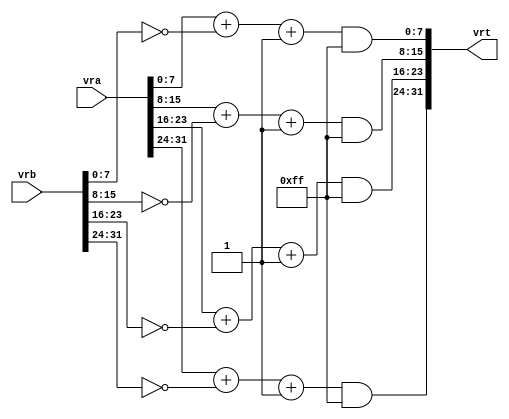
module vsububm( vra, vrb, vrt );

input  [31 : 0] vra;
input  [31 : 0] vrb;
output [31 : 0] vrt;

wire   [31 : 0] vrt;
wire   [ 7 : 0] op0;
wire   [ 7 : 0] op1;
wire   [ 7 : 0] op2;
wire   [ 7 : 0] op3;

assign op0	= 	(vra[ 7: 0] + ~vrb[ 7: 0] + 1) & 8'hff;
assign op1	= 	(vra[15: 8] + ~vrb[15: 8] + 1) & 8'hff;
assign op2	= 	(vra[23:16] + ~vrb[23:16] + 1) & 8'hff;
assign op3	= 	(vra[31:24] + ~vrb[31:24] + 1) & 8'hff;
assign vrt	=	{op3, op2, op1, op0};

endmodule